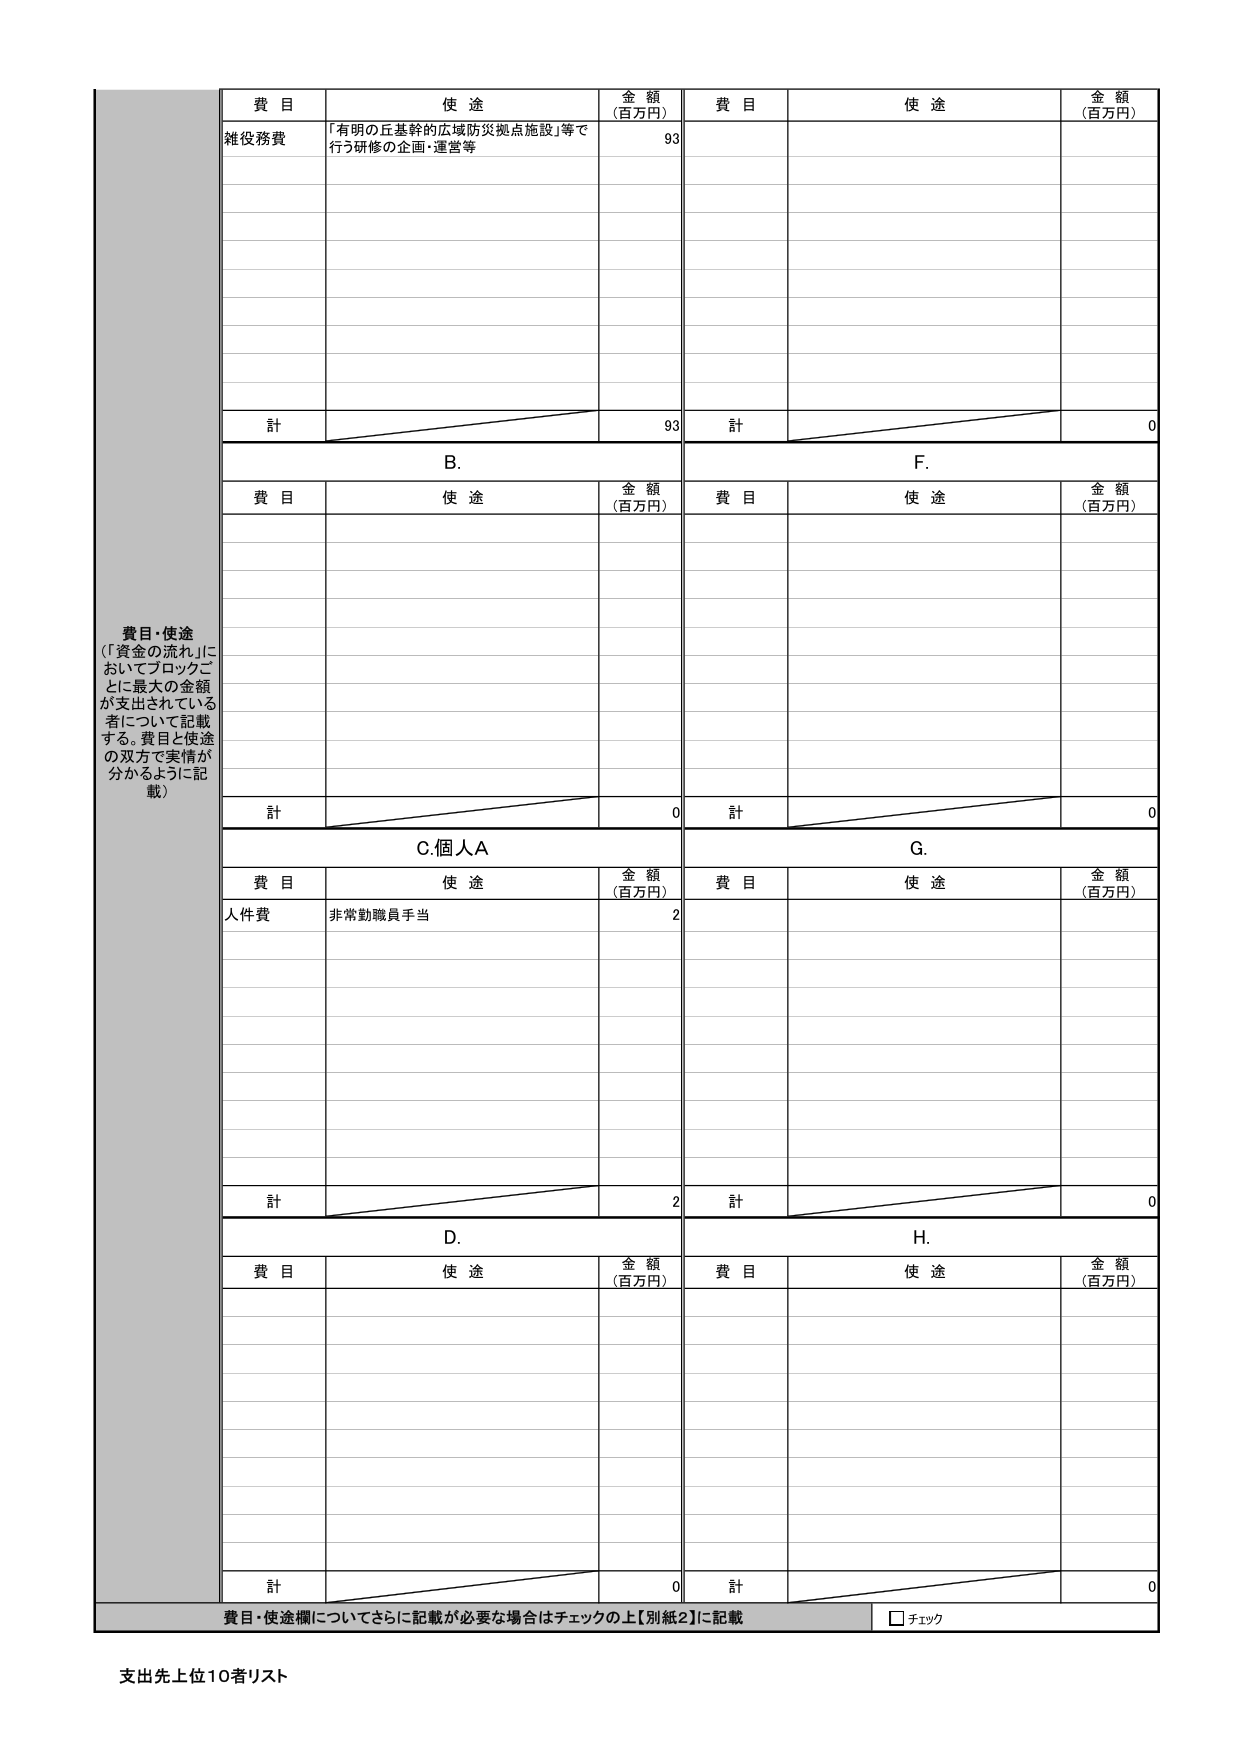
費目・使途
（「資金の流れ」においてブロックごとに最大の金額が支出されている者について記載する。費目と使途の双方で実情が分かるように記載）

費目　　使途　　金額（百万円）
雑役務費　「有明の丘基幹的広域防災拠点施設」等で行う研修の企画・運営等　93
計　93

B.
費目　　使途　　金額（百万円）
計　0

F.
費目　　使途　　金額（百万円）
計　0

C.個人A
費目　　使途　　金額（百万円）
人件費　非常勤職員手当　2
計　2

G.
費目　　使途　　金額（百万円）
計　0

D.
費目　　使途　　金額（百万円）
計　0

H.
費目　　使途　　金額（百万円）
計　0

費目・使途欄についてさらに記載が必要な場合はチェックの上【別紙2】に記載　□ チェック

支出先上位10者リスト